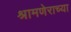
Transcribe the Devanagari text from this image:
श्रामणेराच्या